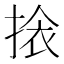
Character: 𭡖